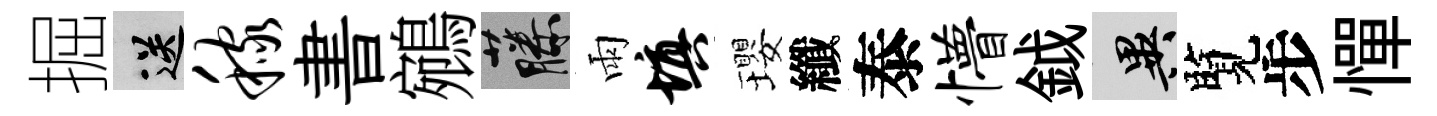
掘送稼書鵷藤雨填瓔纖泰懵鉞异覽步憚